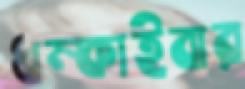
ধম্‌কাইবার